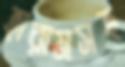
হারামসহ